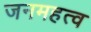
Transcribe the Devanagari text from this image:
जनमहत्व